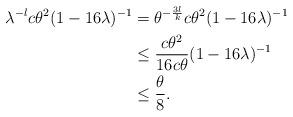
LaTeX: \begin{align*}\lambda^{-l}c\theta^2 (1-16\lambda)^{-1} &= \theta^{- \frac{3l}{k}}c\theta^2(1-16\lambda)^{-1} \\&\leq \frac{c \theta^2}{16 c \theta}(1- 16\lambda)^{-1} \\&\leq \frac{\theta}{8}.\end{align*}